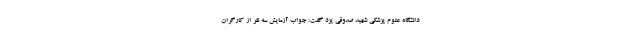
دانشگاه علوم پزشکی شهید صدوقی یزد گفت: جواب آزمایش سه نفر از کارگران